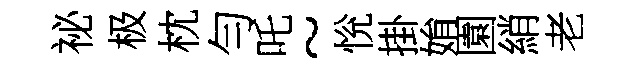
祕极枕勻吒~恱掛姢園綃老